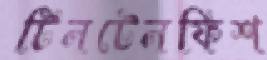
টিনটেনফিশ